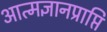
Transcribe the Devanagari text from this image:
आत्मज्ञानप्राप्ति